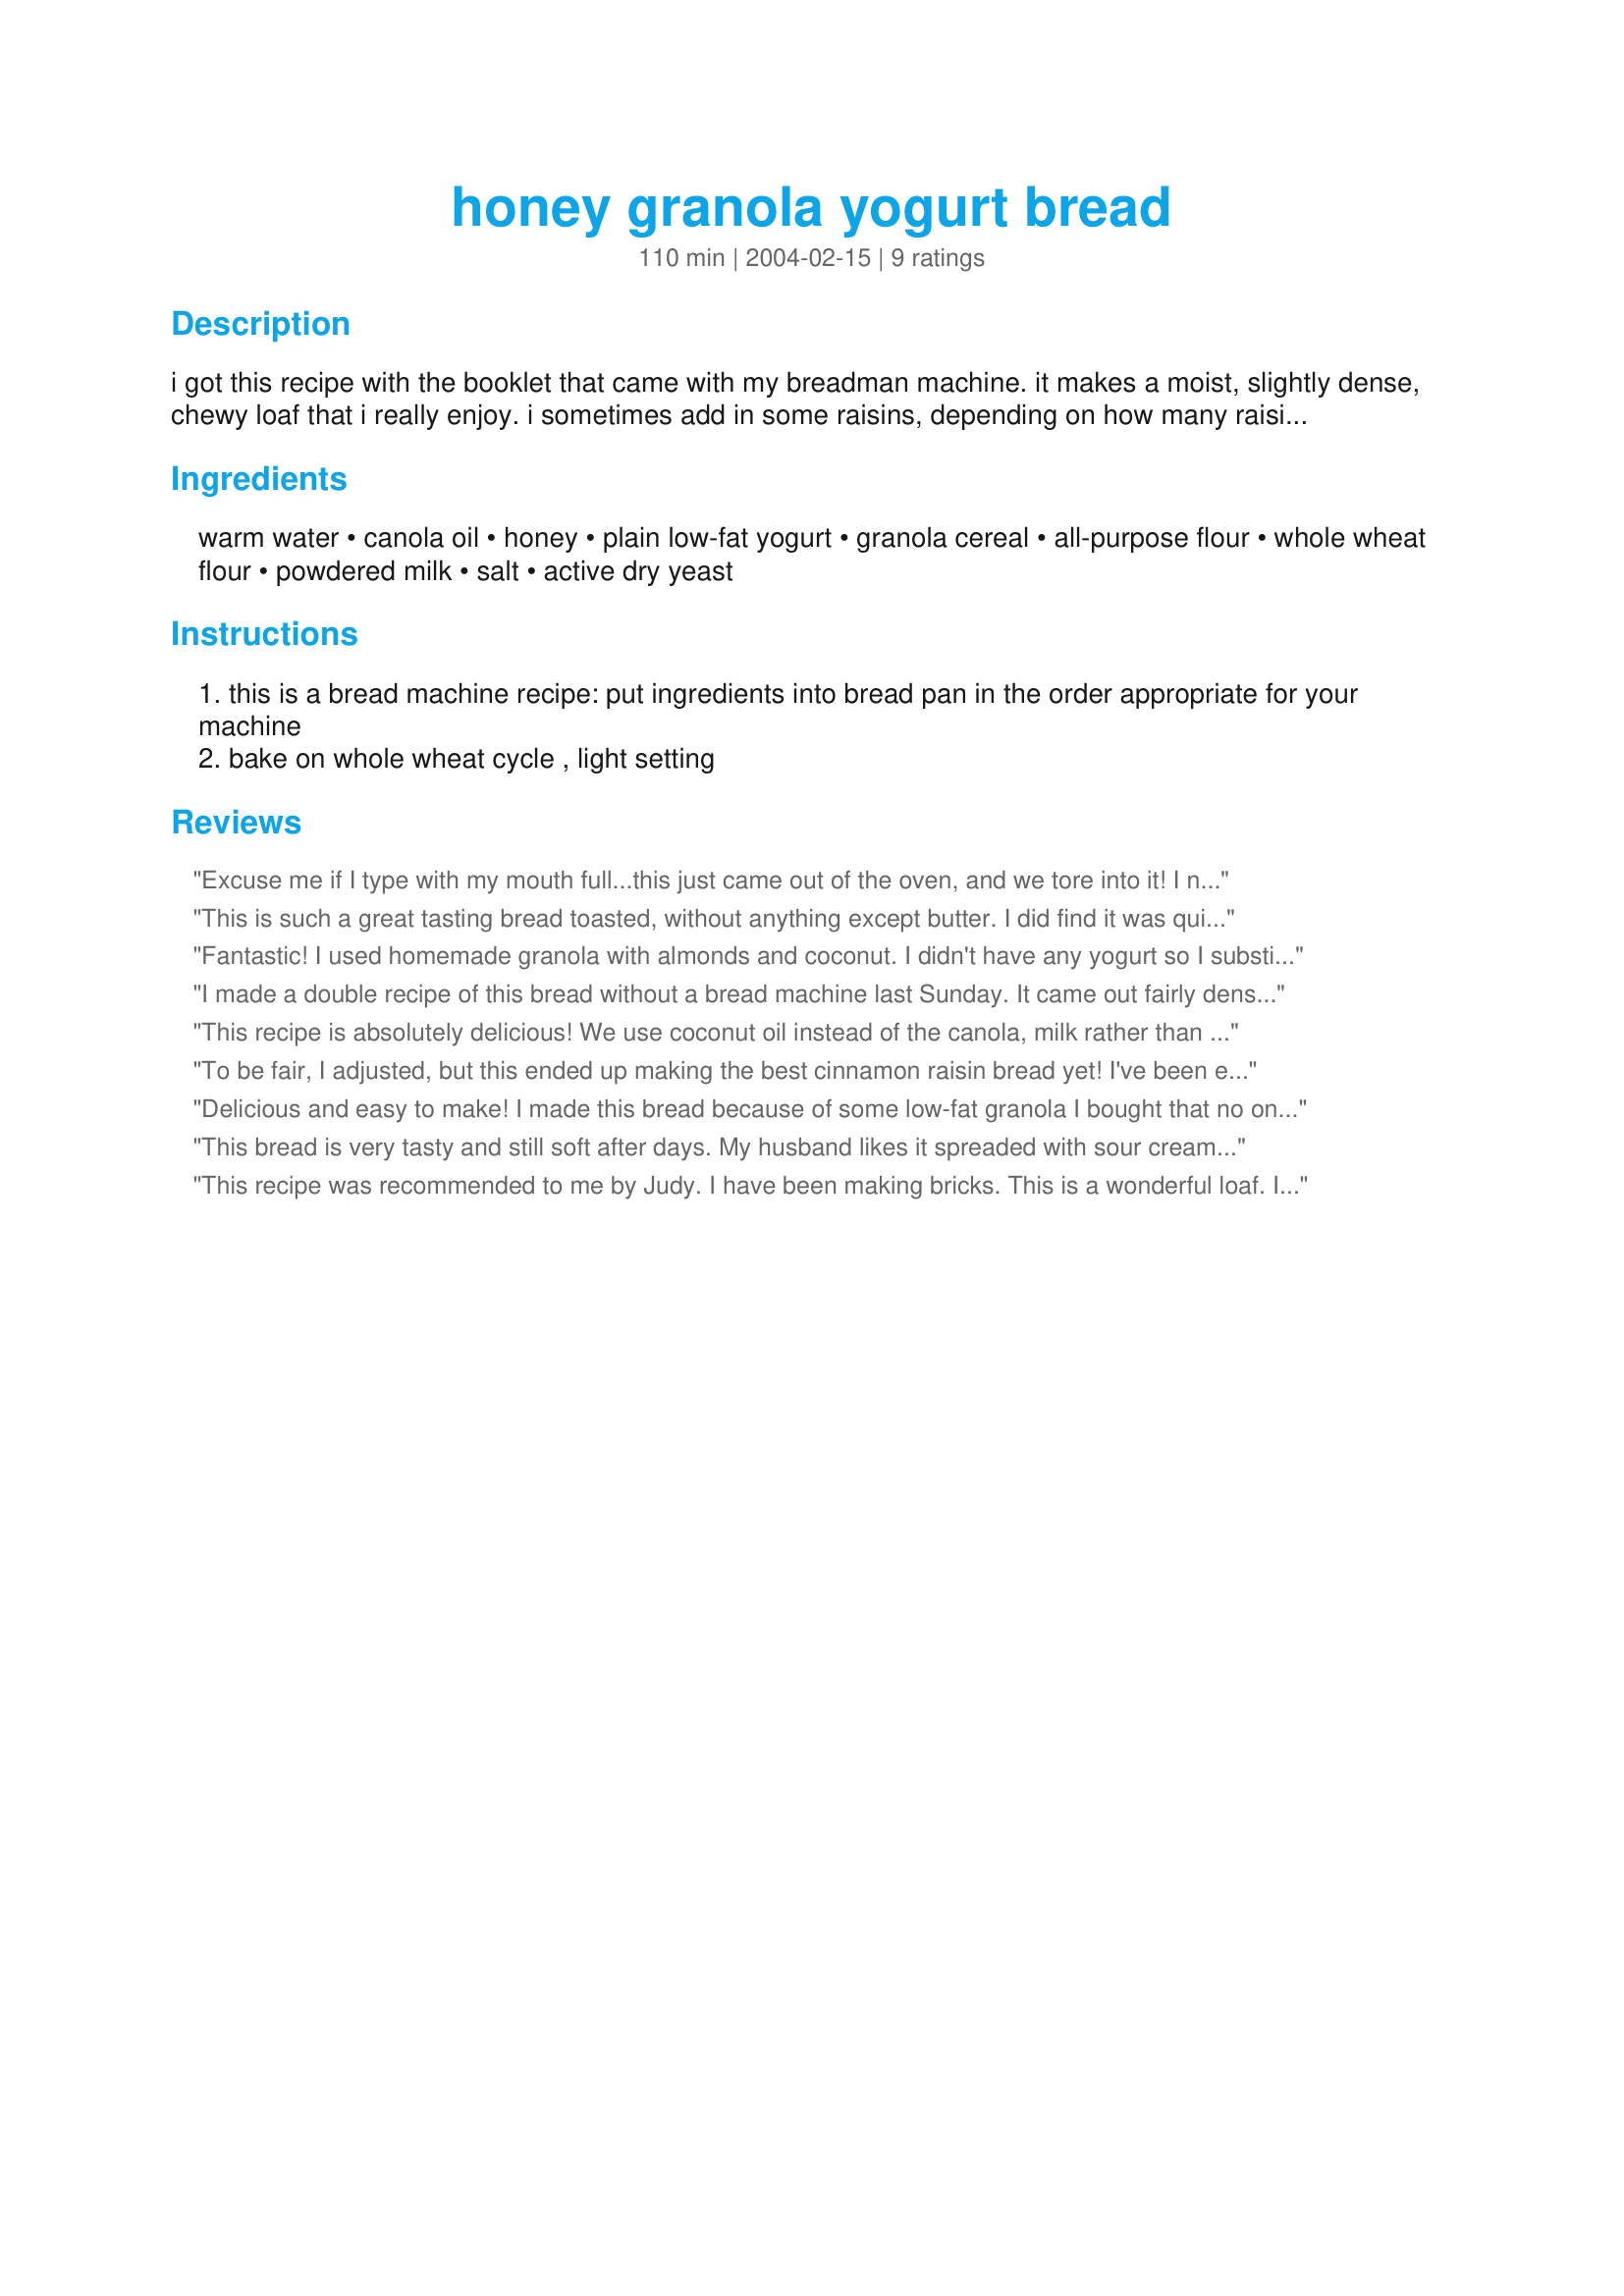
honey granola yogurt bread
Preparation time: 110 minutes

i got this recipe with the booklet that came with my breadman machine. it makes a moist, slightly dense, chewy loaf that i really enjoy. i sometimes add in some raisins, depending on how many raisins were in the granola. the cooking time will depend on the cycle of your bread machine.

Ingredients:
warm water, canola oil, honey, plain low-fat yogurt, granola cereal, all-purpose flour, whole wheat flour, powdered milk, salt, active dry yeast

Steps:
this is a bread machine recipe: put ingredients into bread pan in the order appropriate for your machine
bake on whole wheat cycle , light setting

Reviews:
Excuse me if I type with my mouth full...this just came out of the oven, and we tore into it! I needed to use up some overdue goatmilk yogurt, and I have too much granola lying around, so this was perfect. I cut back on the honey to only 1T since the yogurt was berry-flavored. The flavor was great coming out in the bread, btw. I also just used milk instead of water and powd. milk; that didn't seem to negatively affect the bread. Thankfully I have more leftover yogurt, and now that I've finally read the reviews, I think it'll be cinnamon raisin bread next. Thanks for a great recipe!
This is such a great tasting bread toasted, without anything except butter. I did find it was quite sticky in my bread machine. I had no powdered milk, so I used regular milk. I did add about 1/2 cup flour and it improved the consistency. I used the dough setting and baked it in the oven. Excellent recipe I'll use again and share.
Fantastic! I used homemade granola with almonds and coconut. I didn't have any yogurt so I substituted with what I had in the fridge... small curd cottage cheese and sour cream (3oz each). I omitted the milk powder and added 1/2 cup each of dried blueberries and dried cranberries. Unbelievably tasty!
I made a double recipe of this bread without a bread machine last Sunday. It came out fairly dense for me, but tender and chewy. (I may try letting it rise just a little longer next time.) The flavor is excellent, but it turned out a little salty, perhaps due to salt in the granola I used. (Next time I'll taste the granola first, and cut back the salt a little if necessary.) Thank you for this recipe, Judy. I'm always on the lookout for interesting breads.
This recipe is absolutely delicious! We use coconut oil instead of the canola, milk rather than the water and dry milk powder and we use 100% whole wheat flour and add vital wheat gluten as well but otherwise we do it exactly the same. We also make our own yogurt so this is a great way to use it up.
To be fair, I adjusted, but this ended up making the best cinnamon raisin bread yet! I've been experimenting with different recipes, this one turned out soft, moist, tender, and it's still that way today (the day after). I made it 1/2 1/2 whole wheat flour and regular flour, added 1/8 cup gluten for the wheat flour, added 3 tsp cinnamon, and used 1/2 cup oats, since I was out of granola, and added 1 cup raisins. It turned out fabulous, been wanting to try this recipe for a while, glad I did, will keep using it! Next time I have granola, I'll use it instead! Thanks for posting it!
Delicious and easy to make! I made this bread because of some low-fat granola I bought that no one would eat -- it was delicious in this bread! The only subsitution I made was using walnut oil instead of canola oil and we used non-fat plain yogurt with delicious results. Thanks for sharing this keeper. We will be having this bread often!
This bread is very tasty and still soft after days. My husband likes it spreaded with sour cream, and I like eating it with avocado. I used olive oil instead of canola oil and increased the portion of wheat flour. I added a lot of raisins- it will make the bread more tasteful! Thank you for sharing such a great recipe!
This recipe was recommended to me by Judy. I have been making bricks. This is a wonderful loaf. It rose beautifully & was fluffy! Thank you Judy for all your help. I will be making this often & the family is very happy.
